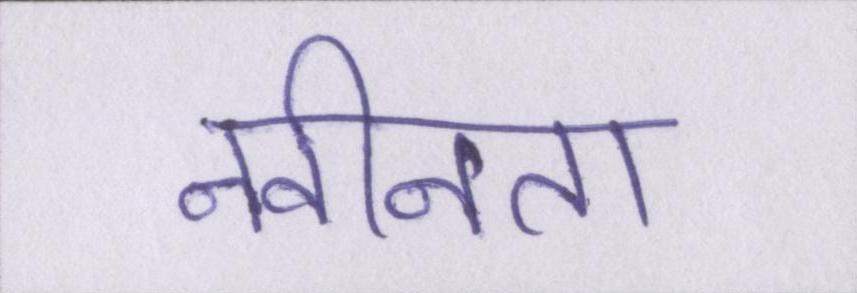
नवीनता